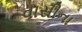
વાસીના